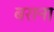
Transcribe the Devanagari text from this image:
बराना